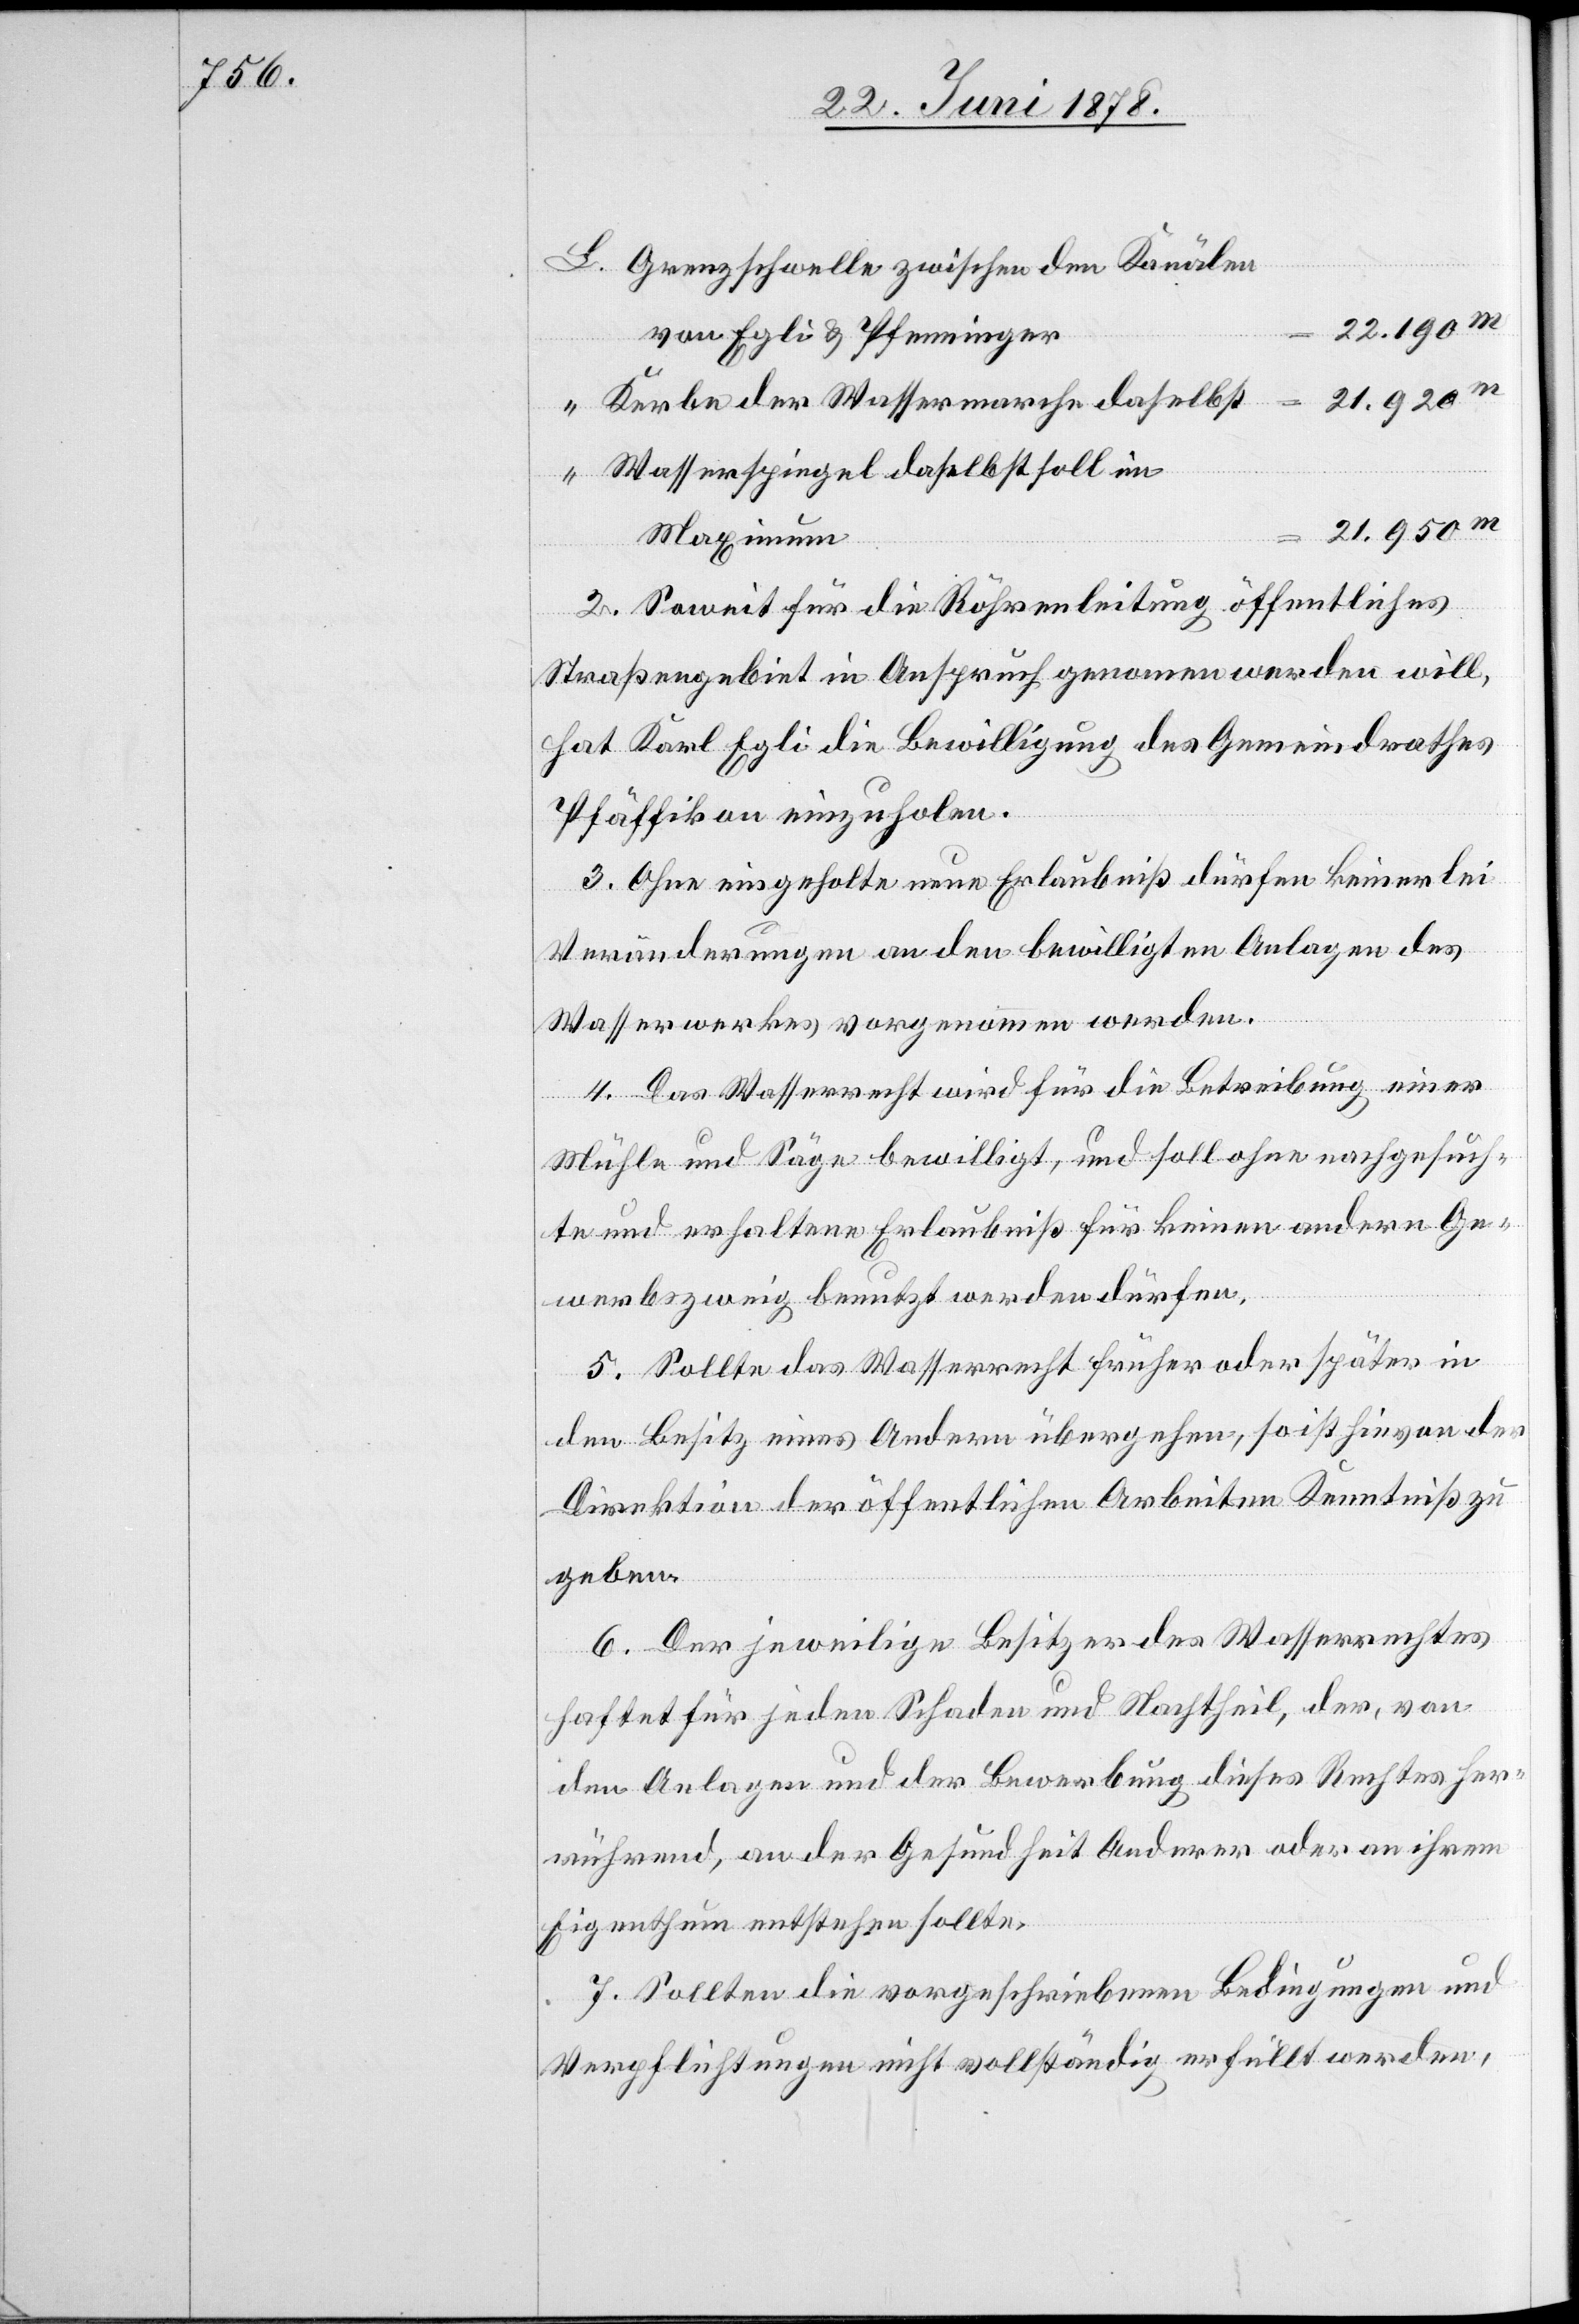
L. Grenzschwelle zwischen den Kanälen
22.190m
von Egli & Pfenninger
21.920m
“ Kerbe der Wassermarche daselbst
“ Wasserspiegel daselbst soll im
21.950m
Maximum
2. Soweit für die Röhrenleitung öffentliches
Straßengebiet in Anspruch genommen werden will,
hat Karl Egli die Bewilligung des Gemeindrathes
Pfäffikon einzuholen.
3. Ohne eingeholte neue Erlaubniß dürfen keinerlei
Veränderungen an den bewilligten Anlagen des
Wasserwerkes vorgenommen werden.
4. Das Wasserrecht wird für die Betreibung einer
Mühle und Säge bewilligt, und soll ohne nachgesuch¬
te und erhaltene Erlaubniß für keinen andern Ge¬
werbszweig benutzt werden dürfen.
5. Sollte das Wasserrecht früher oder später in
den Besitz eines Andern übergehen, so ist hievon der
Direktion der öffentlichen Arbeiten Kenntniß zu
geben.
6. Der jeweilige Besitzer des Wasserrechtes
haftet für jeden Schaden und Nachtheil, der, von
den Anlagen und der Bewerbung dieses Rechtes her¬
rührend, an der Gesundheit Anderer oder an ihrem
Eigenthum entstehen sollte.
7. Sollten die vorgeschriebenen Bedingungen und
Verpflichtungen nicht vollständig erfüllt werden,